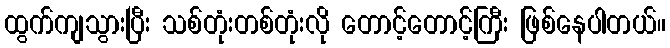
ထွက်ကျသွားပြီး သစ်တုံးတစ်တုံးလို တောင့်တောင့်ကြီး ဖြစ်နေပါတယ်။